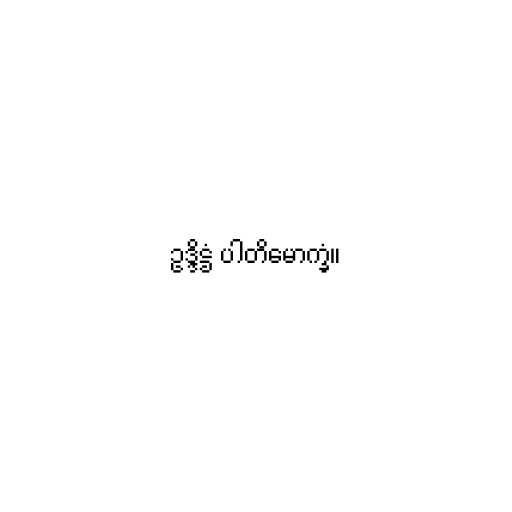
ဥဒ္ဒိဋ္ဌံ ပါတိမောက္ခံ။